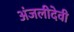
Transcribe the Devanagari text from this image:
अंजलीदेवी